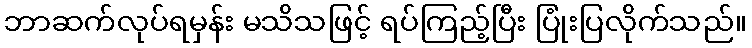
ဘာဆက်လုပ်ရမှန်း မသိသဖြင့် ရပ်ကြည့်ပြီး ပြုံးပြလိုက်သည်။